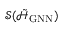
\mathcal { S } ( \tilde { \mathcal { H } } _ { \mathrm { G N N } } )